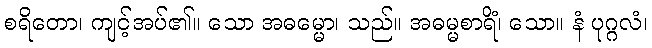
စရိတော၊ ကျင့်အပ်၏။ သော အဓမ္မော၊ သည်။ အဓမ္မစာရိံ၊ သော။ နံ ပုဂ္ဂလံ၊